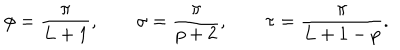
LaTeX: \phi = \frac { \pi } { L + 1 } , \qquad \sigma = \frac { \pi } { p + 2 } , \qquad \tau = \frac { \pi } { L + 1 - p } .